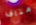
مناف